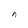
Character: n